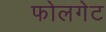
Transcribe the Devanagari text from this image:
फोलगेट